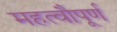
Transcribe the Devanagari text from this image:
महत्वौपूर्ण